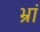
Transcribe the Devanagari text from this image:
भ्रां